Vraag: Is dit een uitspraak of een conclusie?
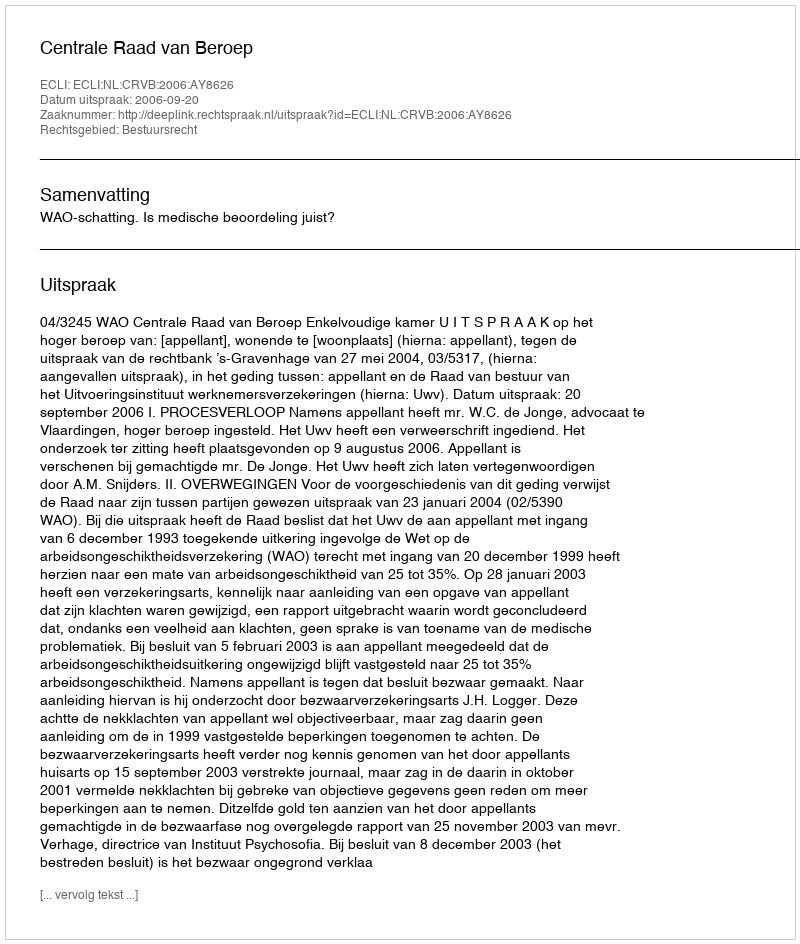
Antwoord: Uitspraak